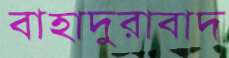
বাহাদুরাবাদ